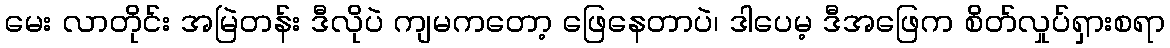
မေး လာတိုင်း အမြဲတန်း ဒီလိုပဲ ကျမကတော့ ဖြေနေတာပဲ၊ ဒါပေမ့ ဒီအဖြေက စိတ်လှုပ်ရှားစရာ